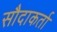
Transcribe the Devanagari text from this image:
सौदाकर्ता